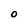
Character: O